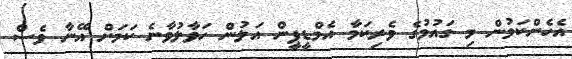
އެހެންކަމުން މި ގައުމުގެ ވެރިކަމާ އެމްޑީޕީން އަލުން ހަވާލުވާނެ ކަމަށް އޭނާ ވެސް